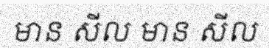
មាន សីល មាន សីល